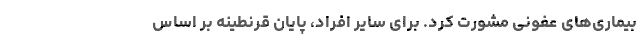
بیماری‌های عفونی مشورت کرد. برای سایر افراد، پایان قرنطینه بر اساس